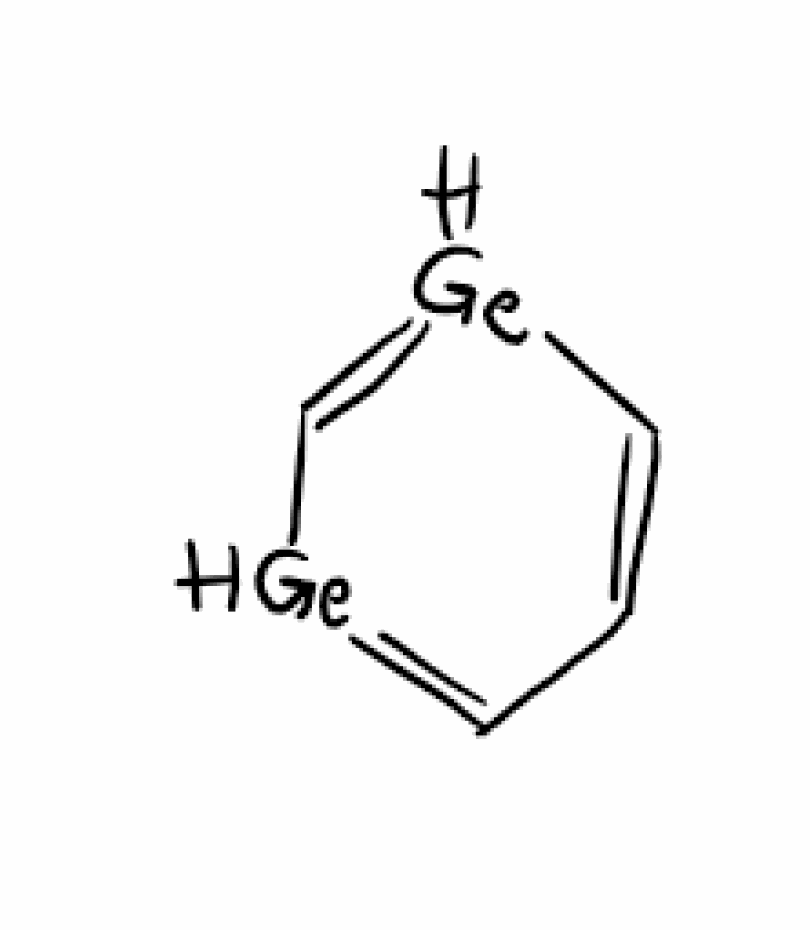
Simplified molecular-input line-entry system (SMILES) notation of the given molecule:
C1=C[GeH]=C[GeH]=C1